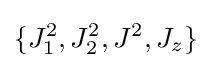
\{J_{1}^{2},J_{2}^{2},J^{2},J_{z}\}